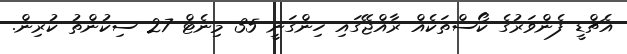
އެޗްޑީ ފެންވަރުގެ ކޯސްތަކެއް ރާއްޖޭގައި ހިންގަނީ 35 މިނެޓް 27 ސިކުންތު ކުރިން.